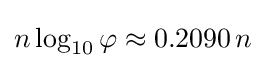
n\log _{10}\varphi \approx 0.2090\,n